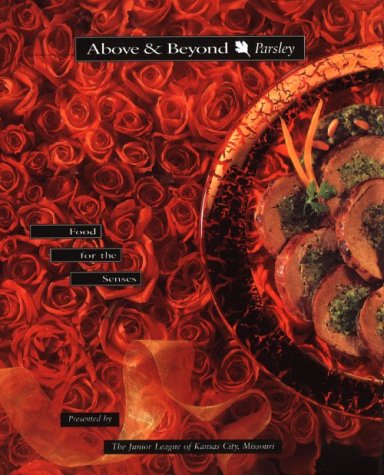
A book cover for Above and Beyond Parsley: Food for the Senses; Junior League of Kansas City Missouri; Cookbooks, Food & Wine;